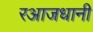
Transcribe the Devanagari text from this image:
रआजधानी